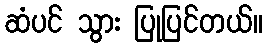
ဆံပင် သွား ပြုပြင်တယ်။